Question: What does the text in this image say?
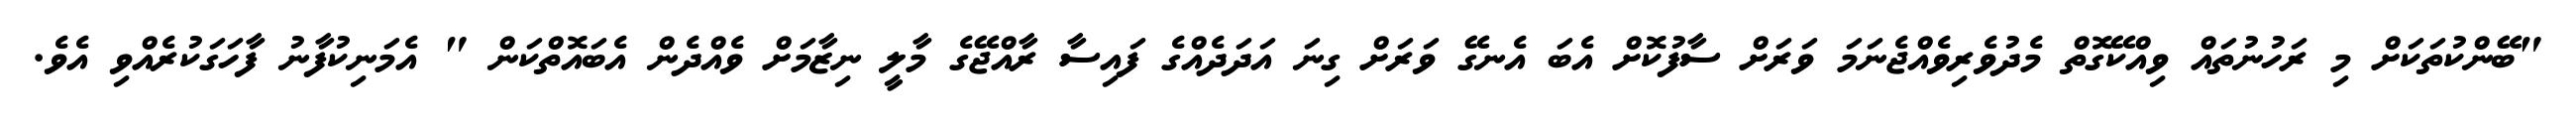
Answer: "ބޭންކުތަކަށް މި ރަހުނުތައް ވިއްކޭގޮތް މެދުވެރިވެއްޖެނަމަ ވަރަށް ސާފުކޮށް އެބަ އެނގޭ ވަރަށް ގިނަ އަދަދެއްގެ ފައިސާ ރާއްޖޭގެ މާލީ ނިޒާމަށް ވެއްދެން އެބައޮތްކަން " އެމަނިކުފާނު ފާހަގަކުރެއްވި އެވެ.